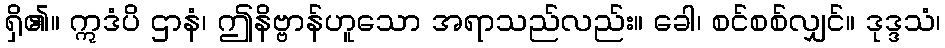
ရှိ၏။ ဣဒံပိ ဌာနံ၊ ဤနိဗ္ဗာန်ဟူသော အရာသည်လည်း။ ခေါ၊ စင်စစ်လျှင်။ ဒုဒ္ဒသံ၊